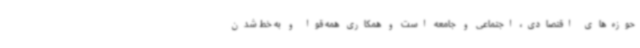
حوزه‌های اقتصادی، اجتماعی و جامعه است و همکاری همه قوا و به خط شدن